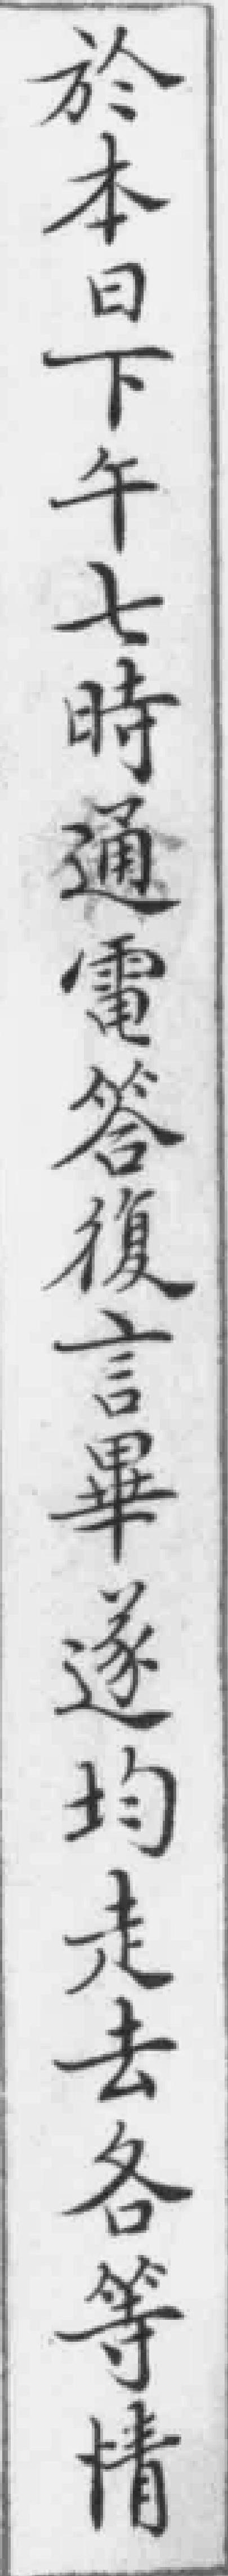
於本日下午七時通電答復言畢逐均走去各等情